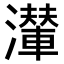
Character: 𤁥